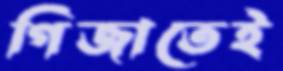
গিজাতেই